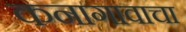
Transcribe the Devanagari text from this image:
कनागावाचा